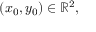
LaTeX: ( x _ { 0 } , y _ { 0 } ) \in \mathbb { R } ^ { 2 } ,